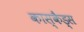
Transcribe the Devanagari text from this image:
कास्कैड्स